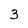
Character: 3